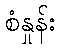
စံနှုန်း